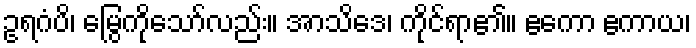
ဥရဂံပိ၊ မြွေကိုသော်လည်း။ အာသိဒေ၊ ကိုင်ရာ၏။ ဧကော ဧကာယ၊